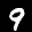
Label: 9